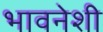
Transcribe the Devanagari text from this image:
भावनेशी